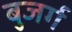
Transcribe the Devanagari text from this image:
बुजर्ग